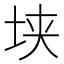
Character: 𰉥